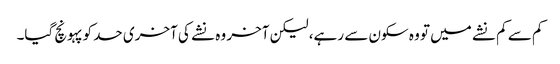
کم سے کم نشے میں تو وہ سکون سے رہے، لیکن آخر وہ نشے کی آخری حد کو پہونچ گیا۔